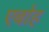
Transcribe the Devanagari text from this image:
एबोह